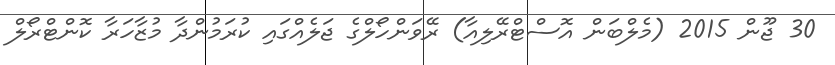
30 ޖޫން 2015 (މެލްބަން އޮސްޓްރޭލިއާ) ރޭވަންހޯލްގެ ޖަލެއްގައި ކުރަމުންދާ މުޒާހަރާ ކޮންޓްރޯލް